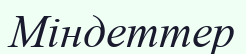
Міндеттер